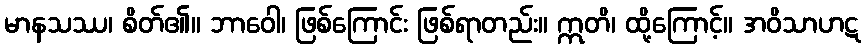
မာနသဿ၊ စိတ်၏။ ဘာဝေါ၊ ဖြစ်ကြောင်း ဖြစ်ရာတည်း။ ဣတိ၊ ထို့ကြောင့်။ အဝိသာဟဋ